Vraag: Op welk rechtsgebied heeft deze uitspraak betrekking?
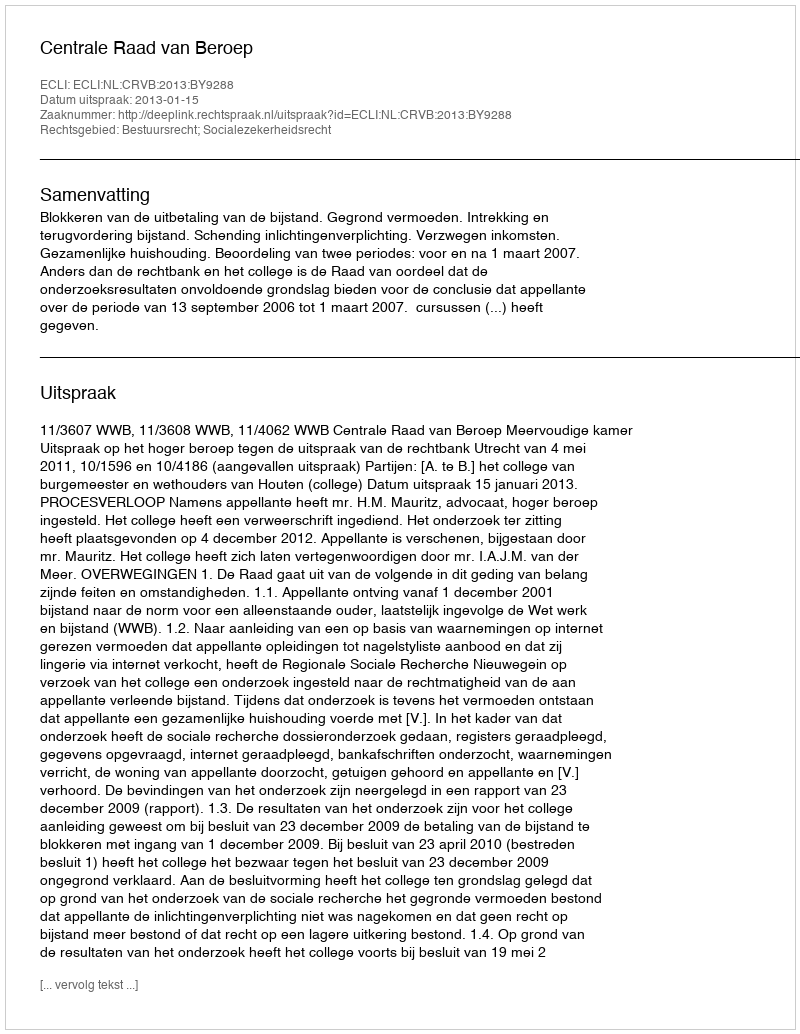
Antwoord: Bestuursrecht; Socialezekerheidsrecht